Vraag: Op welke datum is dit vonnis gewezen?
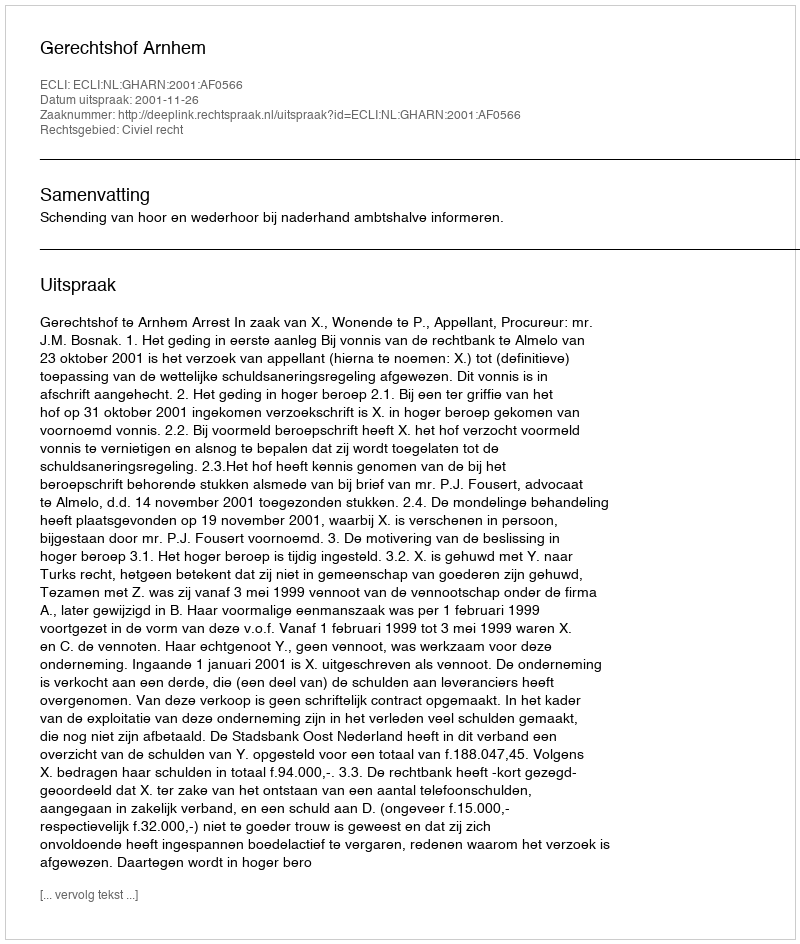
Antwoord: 2001-11-26